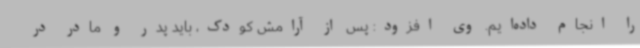
را انجام داده‌ایم. وی افزود: پس از آرامش کودک، باید پدر و مادر در